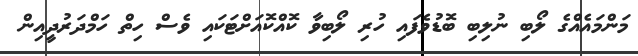
މަންމައެއްގެ ލޯބި ނުލިބި ބޮޑުވެފައި ހުރި ލޯބިވާ ކޮއްކޮއަށްޓަކައި ވެސް ހިތް ހަމްދަރުދީއިން